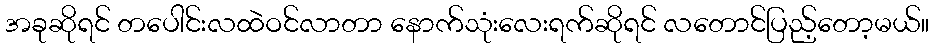
အခုဆိုရင် တပေါင်းလထဲဝင်လာတာ နောက်သုံးလေးရက်ဆိုရင် လတောင်ပြည့်တော့မယ်။